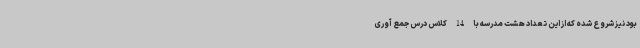
بود نیز شروع شده که از این تعداد هشت مدرسه با 14 کلاس درس جمع آوری